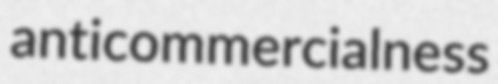
anticommercialness